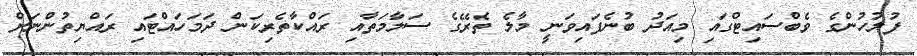
ފުލުހުންގެ ވެބްސައިޓްގައި މިއަދު ބުނެފައިވަނީ މާލެ ތެރޭގެ ސަލާމަތާއި ރައްކާތެރިކަން ދަމަހައްޓައި ރައްޔިތުންނަށް